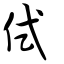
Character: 侙